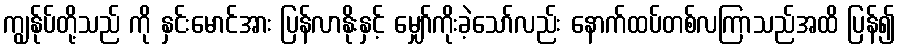
ကျွန်ုပ်တို့သည် ကို နှင်းမောင်အား ပြန်လာနိုးနှင့် မျှော်ကိုးခဲ့သော်လည်း နောက်ထပ်တစ်လကြာသည်အထိ ပြန်၍